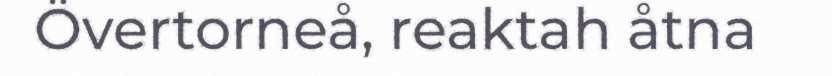
Övertorneå, reaktah åtna